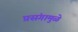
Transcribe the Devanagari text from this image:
प्रसंगामुळे